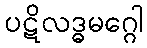
ပဋိလဒ္ဓမဂ္ဂေါ